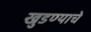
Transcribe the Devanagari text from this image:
खुडण्याचे